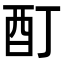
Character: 酊